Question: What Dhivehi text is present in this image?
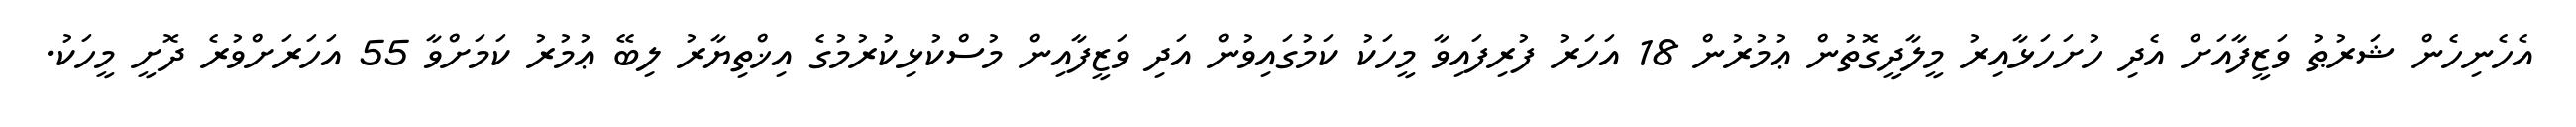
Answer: އެހެނިހެން ޝަރުޠު ވަޒީފާއަށް އެދި ހުށަހަޅާއިރު މީލާދީގޮތުން ޢުމުރުން 18 އަހަރު ފުރިފައިވާ މީހަކު ކަމުގައިވުން އަދި ވަޒީފާއިން މުސްކުޅިކުރުމުގެ އިޚްތިޔާރު ލިބޭ ޢުމުރު ކަމަށްވާ 55 އަހަރަށްވުރެ ދޮށީ މީހަކު.